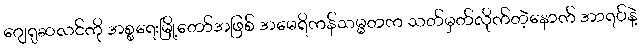
ဂျေရုဆလင်ကို အစ္စရေးမြို့တော်အဖြစ် အမေရိကန်သမ္မတက သတ်မှတ်လိုက်တဲ့နောက် အာရပ်နဲ့